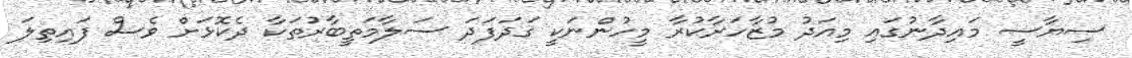
ސިޔާސީ މައިދާނުގައި މިއަދު މުޒާހަރާކުރާ މީހުންނަކީ ގަދަފަދަ ސަލާމަތީބާރުތަކާ ދެކޮޅަށް ވެސް ފައިތިލަ